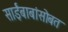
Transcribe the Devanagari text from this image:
साईंबाबांसोबत